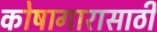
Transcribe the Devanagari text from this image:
कोषागारासाठी